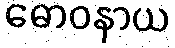
ဓောဝနာယ